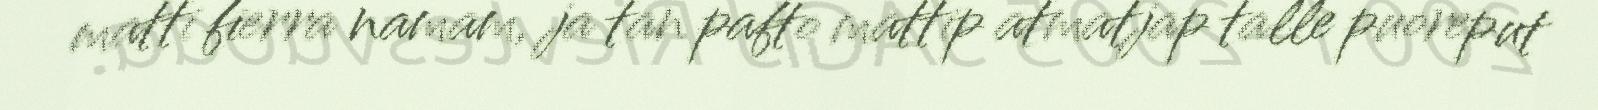
matti fierra namam, ja tan pafto mattip atmatjap talle puoreput